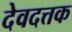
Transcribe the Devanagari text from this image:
देवदत्तक